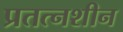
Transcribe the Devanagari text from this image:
प्रतत्नशीन